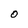
Character: O